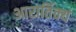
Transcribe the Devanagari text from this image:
आरार्तिक्यं